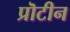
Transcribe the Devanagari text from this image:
प्रॊटीन